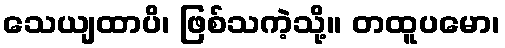
သေယျထာပိ၊ ဖြစ်သကဲ့သို့။ တထူပမော၊